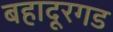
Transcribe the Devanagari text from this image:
बहादूरगड